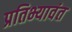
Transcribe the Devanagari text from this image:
प्रतिभ्यावंत